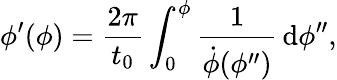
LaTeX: \phi^{\prime}(\phi)=\frac{2\pi}{t_{0}}\int_{0}^{\phi}\frac{1}{\dot{\phi}(\phi^{\prime\prime})}\, \mathrm{d}\phi^{\prime\prime},